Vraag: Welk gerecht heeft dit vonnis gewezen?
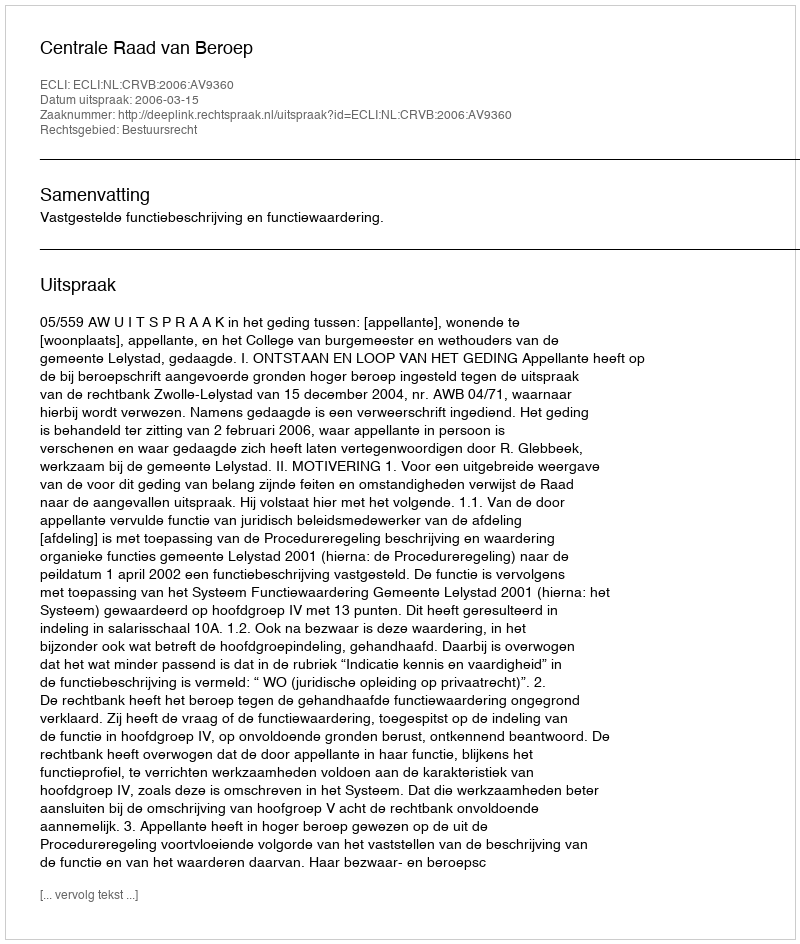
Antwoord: Centrale Raad van Beroep